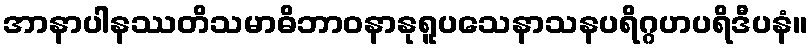
အာနာပါနဿတိသမာဓိဘာဝနာနုရူပသေနာသနပရိဂ္ဂဟပရိဒီပနံ။